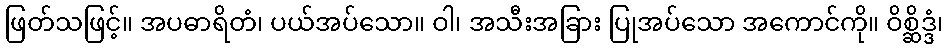
ဖြတ်သဖြင့်။ အပဓာရိတံ၊ ပယ်အပ်သော။ ဝါ၊ အသီးအခြား ပြုအပ်သော အကောင်ကို။ ဝိစ္ဆိဒ္ဒံ၊